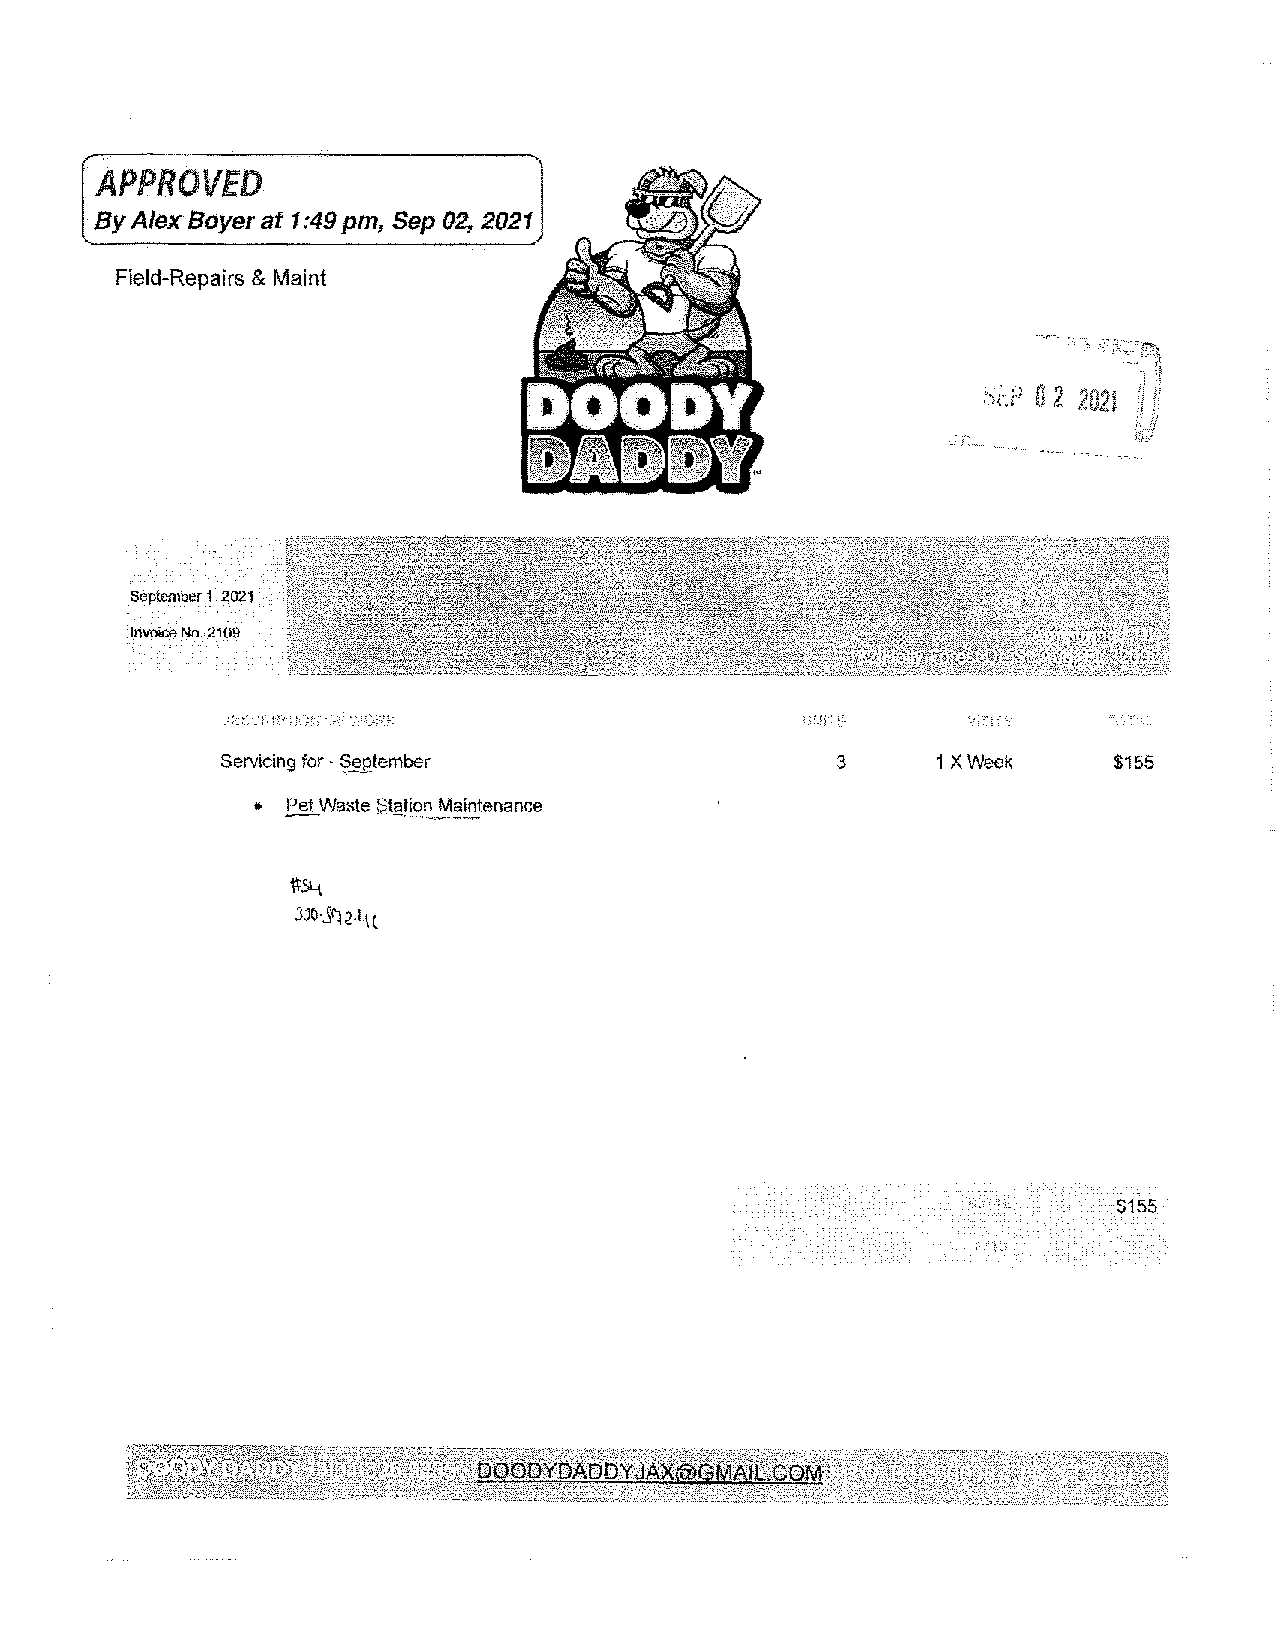
APPROVED
 By Alex Boyer at 1: 49 pm, Sep 02, 2021
 Field-Repairs & Maint
 0 2 2021
 Septembe1r 2021
 Invoice No. 2109
 Servicing for -September                3      1 X Week    $155
 S155